Indian Medical Review
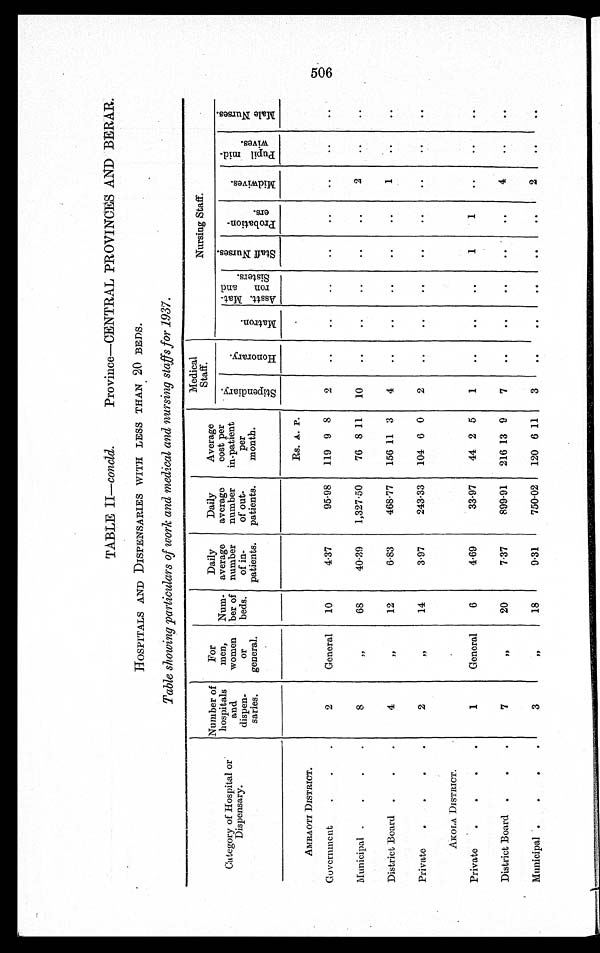
TABLE II—concld.
Province—CENTRAL PROVINCES AND BERAR.
HOSPITALS AND DISPENSARIES WITH LESS THAN 20 BEDS.
Table showing particulars of work and medical and nursing staffs for 1937.
Category of Hospital or
Dispensary.
Number of
hospitals
dispen-
saries.
For
men,
women
or
general.
Num-
ber of
beds.
Daily
number
average
of in-
patients.
Daily
average
number
of out-
patients.
Average
cost per
in-patient
per
month.
Medical
Staff.
Nursing Staff.
S t i p e n d i a r y .
H o n o r a r y .
M a t r o n .
A s s t t . M a t - r o n a n d S i s t e r s .
S t a f f N u r s e s .
P r o b a t i o n - e r s .
M i d w a v e s .
P u p i l m i d - w i v e s .
M a l e N u r s e s .
Rs. A. P.
AMRAOTI DISTRICT.
Government
2
General
10
4.37
95.98
119 9 8
2
..
..
..
. .
. .
. .
..
. .
Municipal
8
"
68
40.39
1,327.50
76 8 1l
10
..
..
. .
..
..
2
..
..
District Board
4
"
12
6.83
468.77
156 11 3
4
..
..
. .
..
..
1
..
. .
Private
2
"
14
3.97
243.33
104 6 0
2
..
..
. .
..
..
..
. .
. .
AKOLA DISTRICT.
Private
1
General
6
4.69
33.97
44 2 5
1
..
. .
..
1
1
..
..
..
District Board
7
"
20
7.37
899.91
216 13 9
7
..
. .
. .
. .
..
4
..
. .
Municipal
3
"
18
9.31
750.02 120 6 11
3
..
. .
. .
. .
..
2
. .
. .